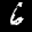
Label: 6